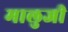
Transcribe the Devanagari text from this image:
मालुजी